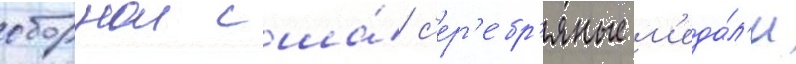
сборнои сша́ с'ер'е́бр'яные м'еда́л'и